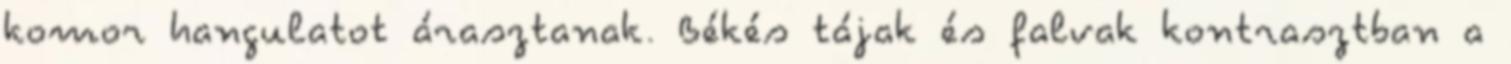
komor hangulatot árasztanak. Békés tájak és falvak kontrasztban a